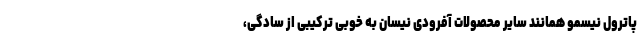
پاترول نیسمو همانند سایر محصولات آفرودی نیسان به خوبی ترکیبی از سادگی،